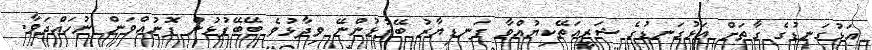
އަޅުގަނޑުގެ ގާތަށް އަޅުގަނޑުގެ ޝަރީއަތޭކިޔުއްވާ ފަނޑިޔާރު ބޭފުޅުންނޭ ވިދާޅުވެ ބޭބޭފުޅުން ފޮނުއްވަން ނުހައްދަވާ.